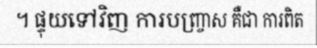
។ ផ្ទុយទៅវិញ ការបញ្ច្រាស គឺជា ការពិត